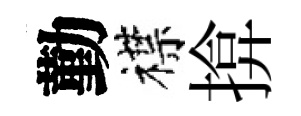
勤襟揜